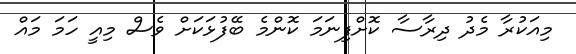
މިއަކުރާ މެދު ދިރާސާ ކޮށްފިނަމަ ކޮންމެ ބޭފުޅަކަށް ވެސް މިއީ ހަމަ މައް